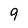
Character: 9